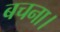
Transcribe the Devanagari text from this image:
बचना।